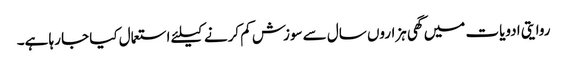
روایتی ادویات میں گھی ہزاروں سال سے سوزش کم کرنے کیلئے استعمال کیا جا رہا ہے۔